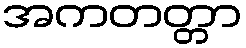
အကတတ္တာ